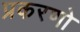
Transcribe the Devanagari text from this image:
प्रकरणो